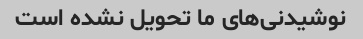
نوشیدنی‌های ما تحویل نشده است